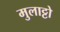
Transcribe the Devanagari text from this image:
मुलाट्टो